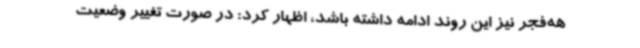
هه‌فجر نیز این روند ادامه داشته باشد، اظهار کرد: در صورت تغییر وضعیت